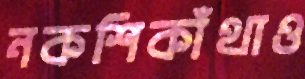
নকশিকাঁথাও